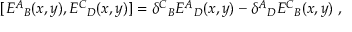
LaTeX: [ { E ^ { A } } _ { B } ( x , y ) , { E ^ { C } } _ { D } ( x , y ) ] = { \delta ^ { C } } _ { B } { E ^ { A } } _ { D } ( x , y ) - { \delta ^ { A } } _ { D } { E ^ { C } } _ { B } ( x , y ) \ ,